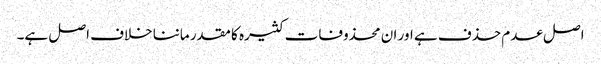
اصل عدم حذف ہے اور ان محذوفات کثیرہ کا مقدر ماننا خلاف اصل ہے۔